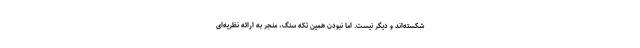
شکسته‌اند و دیگر نیست. اما نبودن همین تکه سنگ، منجر به ارائه نظریه‌ای